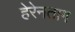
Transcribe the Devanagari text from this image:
हेरेनताग